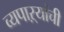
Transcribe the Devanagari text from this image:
व्यपाऱ्यांची